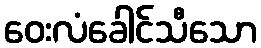
ဝေးလံခေါင်သီသော